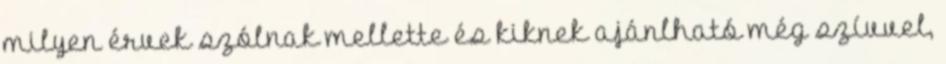
milyen érvek szólnak mellette és kiknek ajánlható még szívvel,